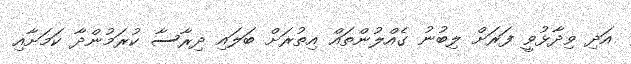
އަދި ވިދާޅުވީ ފަރަށް ލިބުނު ގެއްލުންތައް އިތުރަށް ބަލައި ދިރާސާ ކުރަމުންދާ ކަމަށާއި